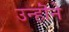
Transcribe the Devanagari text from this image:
उन्हॊंने